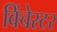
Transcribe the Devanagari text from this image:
विंचेस्‍टर